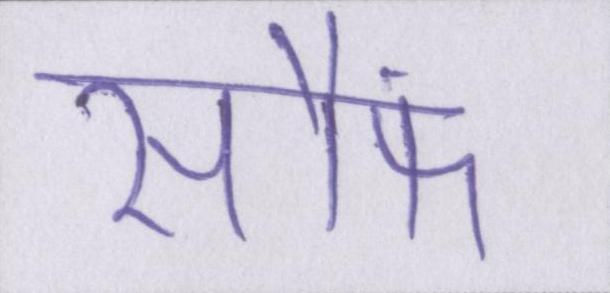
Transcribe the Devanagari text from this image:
सौंफ